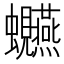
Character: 𫋩